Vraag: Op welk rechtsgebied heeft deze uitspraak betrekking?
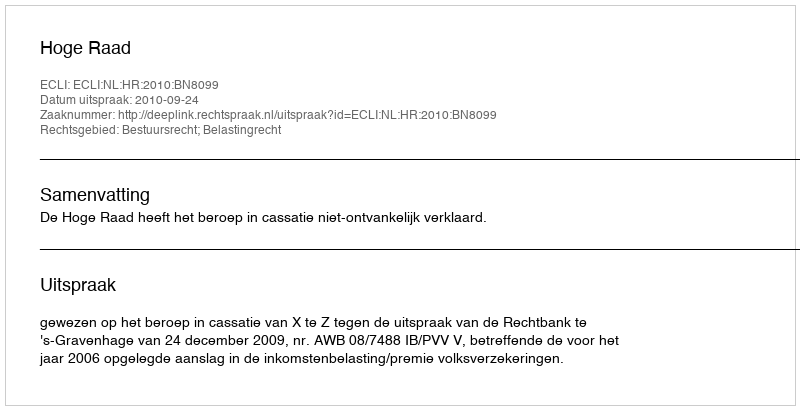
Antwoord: Bestuursrecht; Belastingrecht